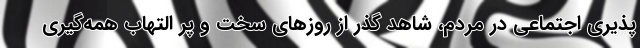
پذیری اجتماعی در مردم، شاهد گذر از روزهای سخت و پر التهاب همه‌گیری